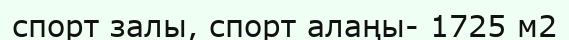
спорт залы, спорт алаңы- 1725 м2